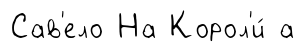
Сав'ело На Корол'и́ а